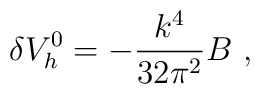
\delta V_h^{0} = - {k^4 \over 32 \pi^2} B~,